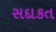
સદાકત